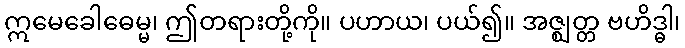
ဣမေခေါဓေမ္မ၊ ဤတရားတို့ကို။ ပဟာယ၊ ပယ်၍။ အဇ္ဈတ္တ ဗဟိဒ္ဓါ၊